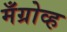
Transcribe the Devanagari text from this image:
मँग्रोव्ह